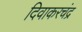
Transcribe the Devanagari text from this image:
दिवाकरचंद्र